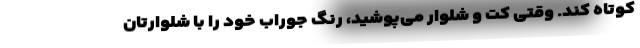
کوتاه کند. وقتی کت و شلوار می‌پوشید، رنگ جوراب خود را با شلوارتان